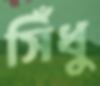
সিঁধু